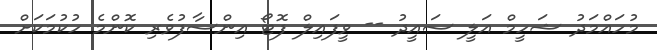
މުހައްމަދު ޝަހީމް އަލީ ސައީދު -- ވީފައިލް ފޮޓޯ އިންސާފުވެރި ކޮންމެ ހުކުމަކަށް